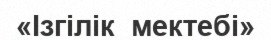
«Ізгілік  мектебі»